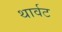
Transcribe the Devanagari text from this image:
थार्वट